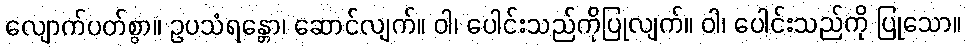
လျောက်ပတ်စွာ။ ဥပသံရန္တော၊ ဆောင်လျက်။ ဝါ၊ ပေါင်းသည်ကိုပြုလျက်။ ဝါ၊ ပေါင်းသည်ကို ပြုသော။